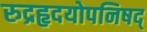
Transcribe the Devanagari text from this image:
रुद्रहृदयोपनिषद्